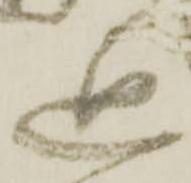
追